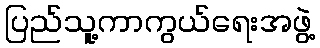
ပြည်သူ့ကာကွယ်ရေးအဖွဲ့